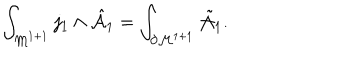
\int _ { { \cal M } ^ { 1 + 1 } } j _ { 1 } \wedge { \hat { \cal A } } _ { 1 } = \int _ { \partial { \cal M } ^ { 1 + 1 } } { \tilde { \cal A } } _ { 1 } .